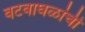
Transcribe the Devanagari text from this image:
वटवाघळांची